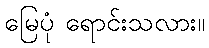
မြေပုံ ရောင်းသလား။